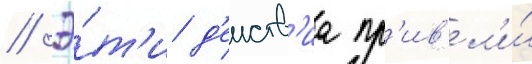
// Э́т'и д'еиств'иа пр'ив'ел'и́